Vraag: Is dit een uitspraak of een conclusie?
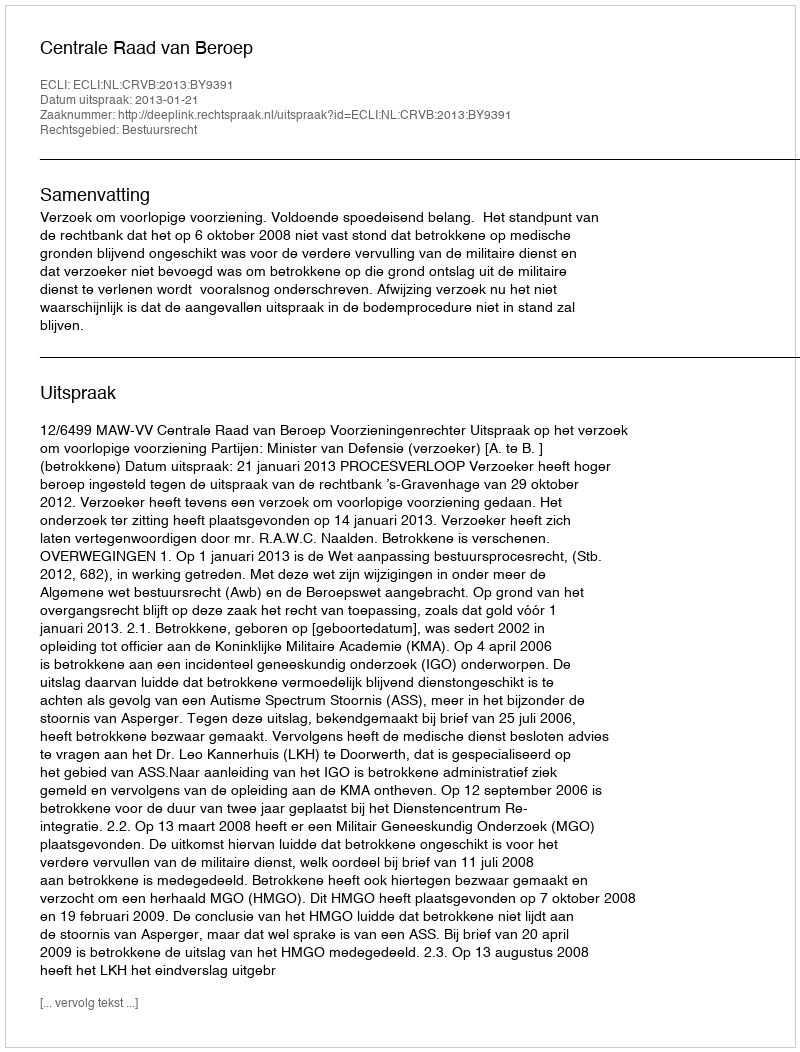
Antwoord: Uitspraak